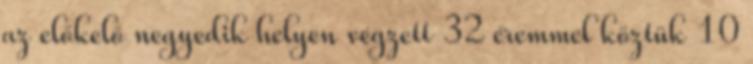
az előkelő negyedik helyen végzett 32 éremmel köztük 10